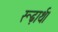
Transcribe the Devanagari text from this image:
रूढ़ार्थ।